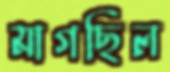
মাগছিল